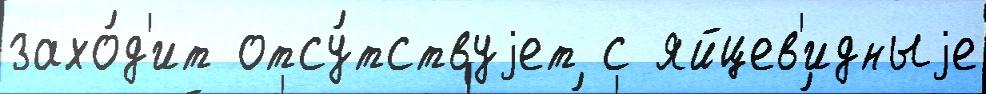
захо́д'ит отсу́тствуjет с яйцев'идныjе